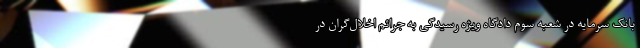
بانک سرمایه در شعبه سوم دادگاه ویژه رسیدگی به جرائم اخلال‌گران در